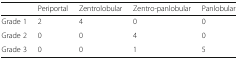
|  | Periportal | Zentrolobular | Zentro-panlobular | Panlobular |
 | --- | --- | --- | --- | --- |
 | Grade 1 | 2 | 4 | 0 | 0 |
 | Grade 2 | 0 | 0 | 4 | 0 |
 | Grade 3 | 0 | 0 | 1 | 5 |